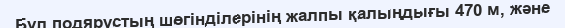
Бұл подярустың шөгінділерінің жалпы қалыңдығы 470 м, және